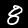
Digit: 8